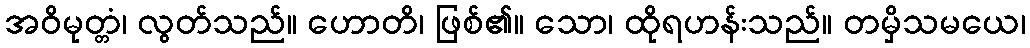
အဝိမုတ္တံ၊ လွတ်သည်။ ဟောတိ၊ ဖြစ်၏။ သော၊ ထိုရဟန်းသည်။ တမှိသမယေ၊